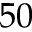
5 0